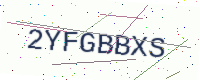
Text: 2YFGBBXS